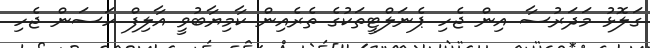
ގަލޮޅު މަދަރުސާ އިން ޖެހި ޕެނަލްޓީތަކުގެ ތެރެއިން ކާމިޔާބުވީ އާލިފް ހަސަން ޖެހި